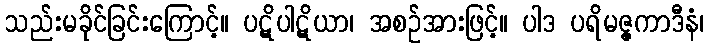
သည်းမခိုင်ခြင်းကြောင့်။ ပဋိပါဋိယာ၊ အစဉ်အားဖြင့်။ ပါဒ ပရိမဇ္ဇကာဒီနံ၊